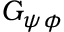
G _ { \psi \phi }